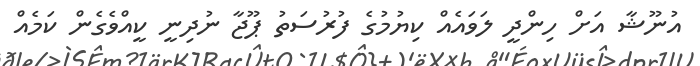
އުނޫޝާ އަށް ހިންދީ ލަވައެއް ކިޔުމުގެ ފުރުސަތު ޕޫޖާ ނުދިނީ ކީއްވެގެން ކަމެއް